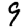
Digit: 9